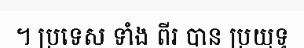
។ ប្រទេស ទាំង ពីរ បាន ប្រយុទ្ធ